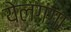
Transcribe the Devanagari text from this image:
येलगंगा